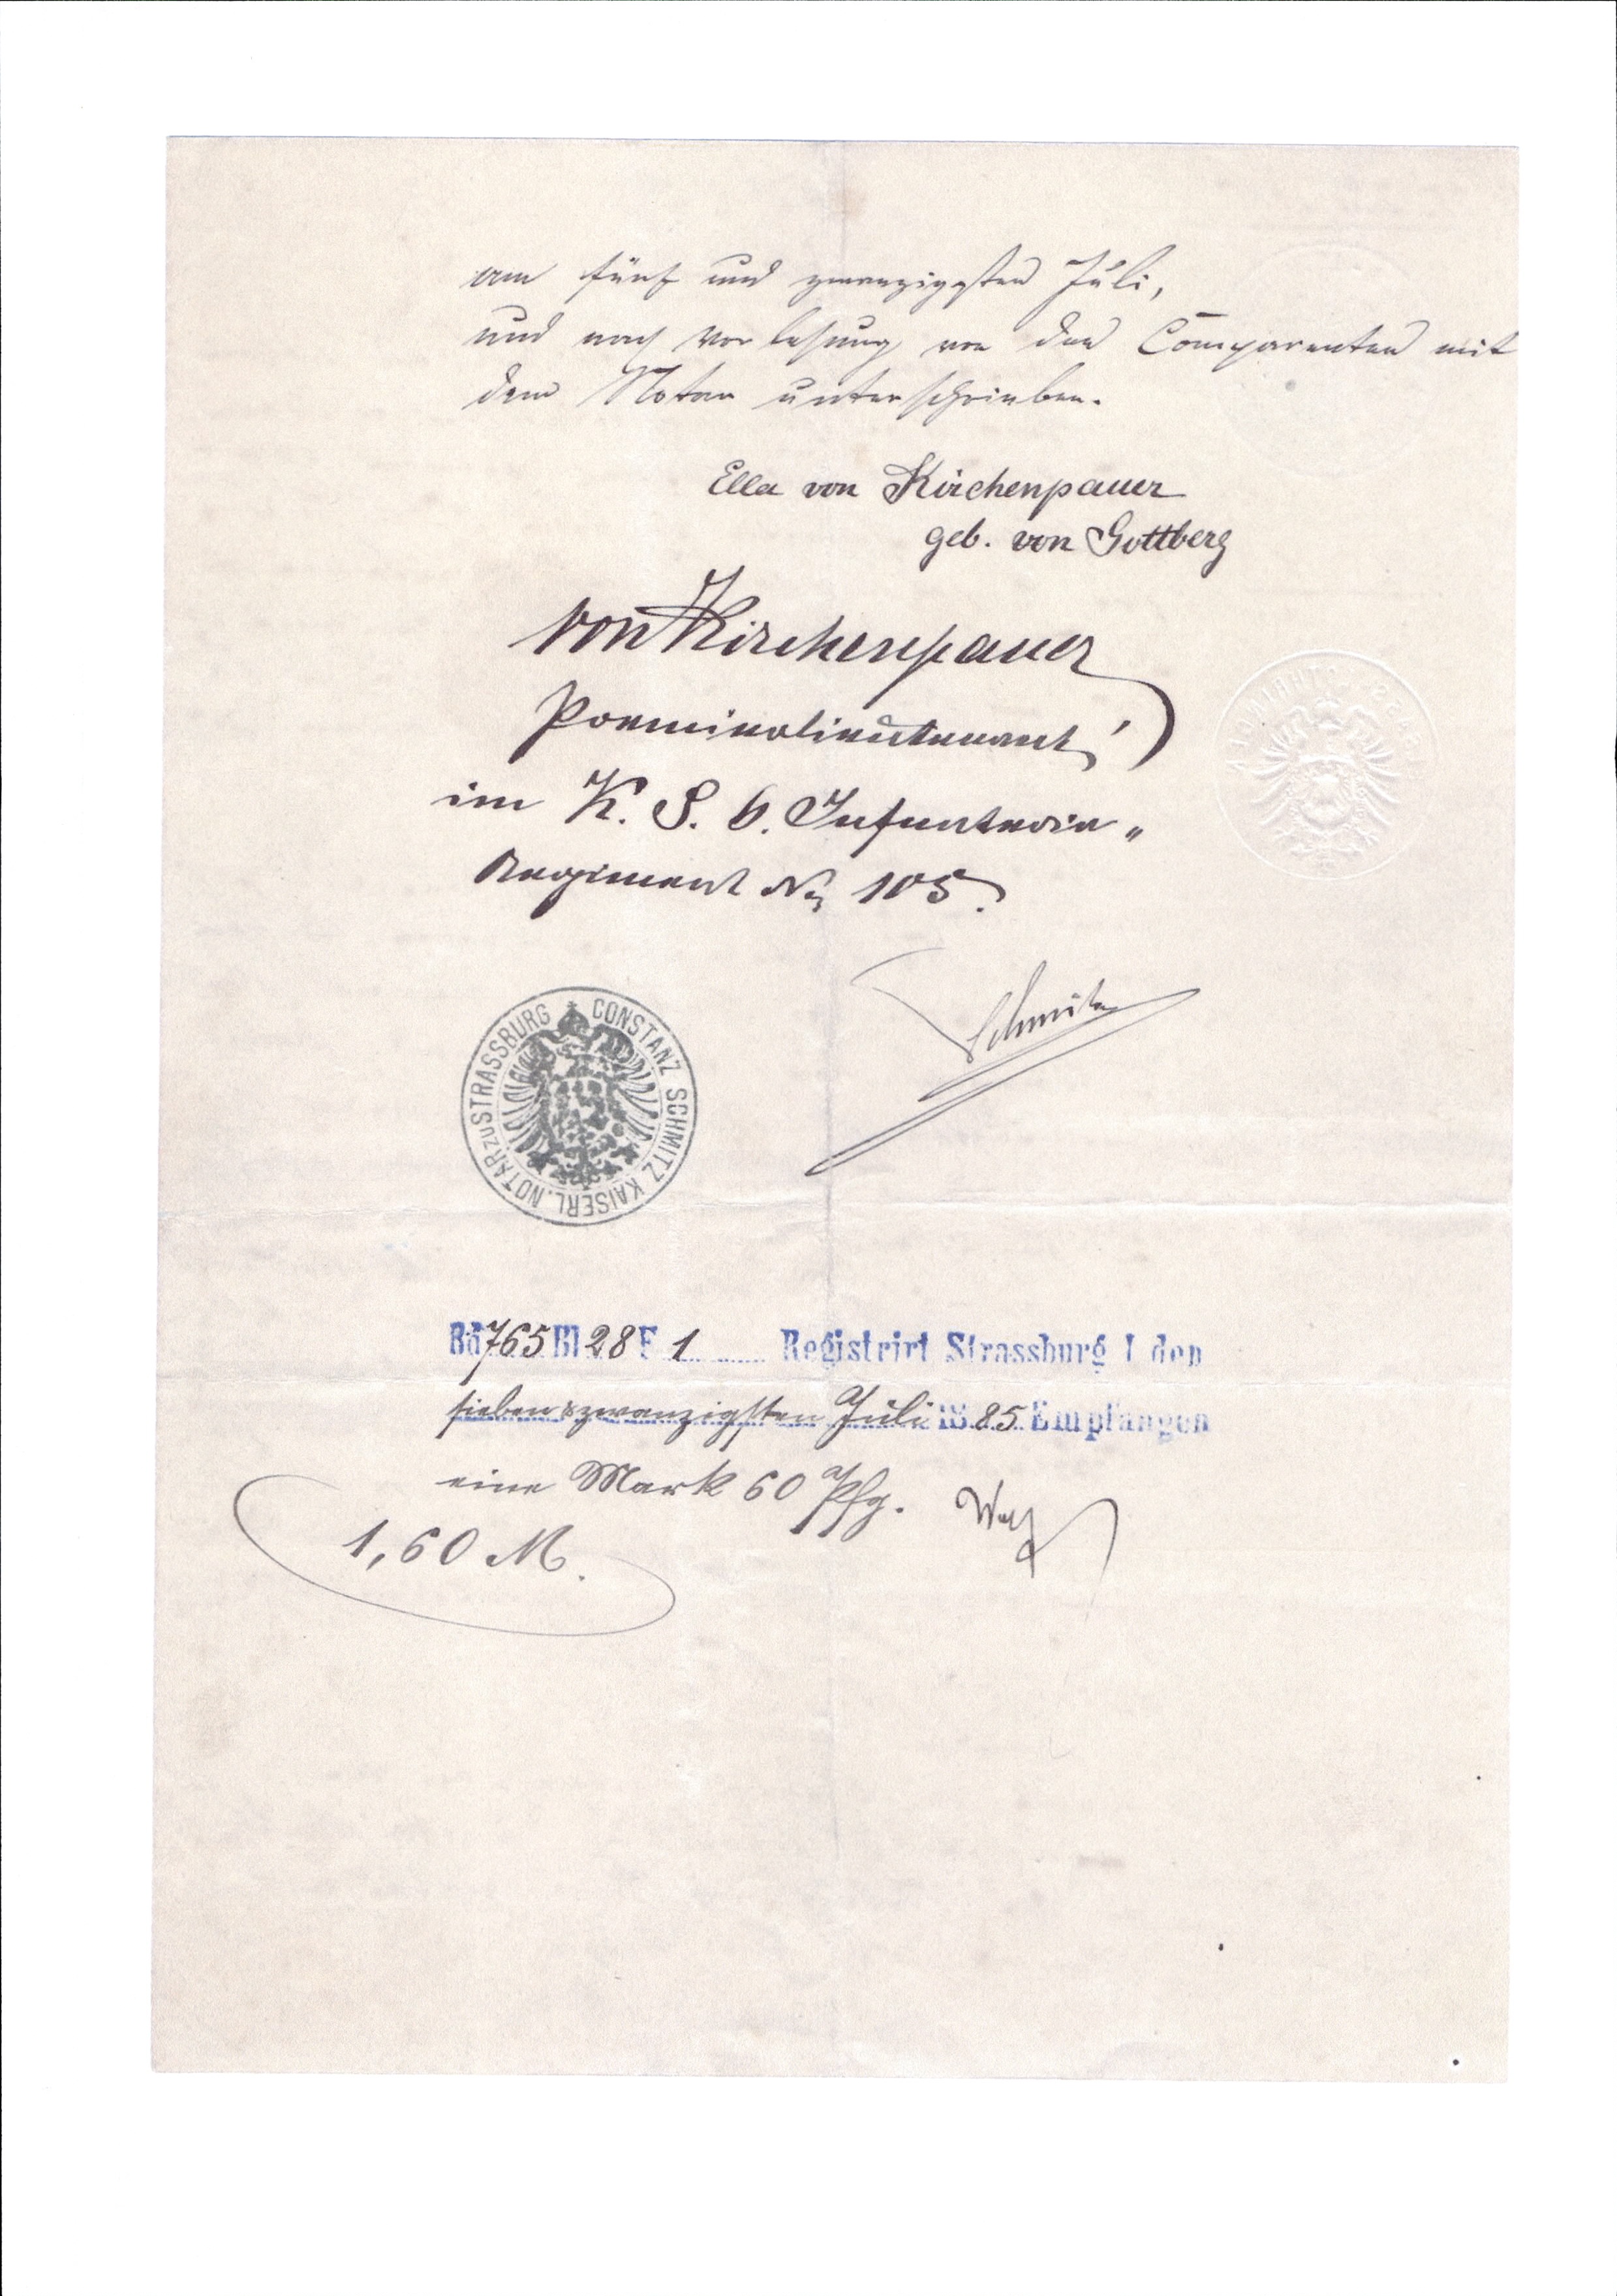
am fünf und zwanzigsten Juli,
und nach vor lesung von den Comparenten mit
dem Notar unterschrieben.
Ella von Kirchenpauer
geb. von Gottberg
von Kirchenpauer
Poemieolieutenent
im K. G. b. Infanterie¬
Regiment No 105
Schmitz
Bö 765 Bl 28 F 1 Registriert Strassburg I den
sieben&zwanzigsten Juli 1885 Eingelangt
eine Mark 60 Pfg. Was
1,60 M.